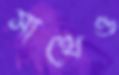
সাথেও